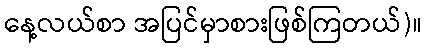
နေ့လယ်စာ အပြင်မှာစားဖြစ်ကြတယ်)။